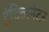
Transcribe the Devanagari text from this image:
इंक्लिनेटर